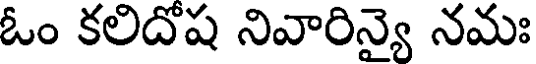
ఓం కలిదోష నివారిన్యై నమః